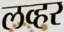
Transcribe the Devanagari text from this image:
लव्हर